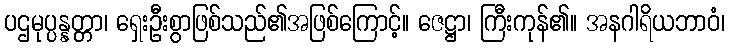
ပဌမုပ္ပန္နတ္တာ၊ ရှေးဦးစွာဖြစ်သည်၏အဖြစ်ကြောင့်။ ဇေဋ္ဌာ၊ ကြီးကုန်၏။ အနဂါရိယဘာဝံ၊